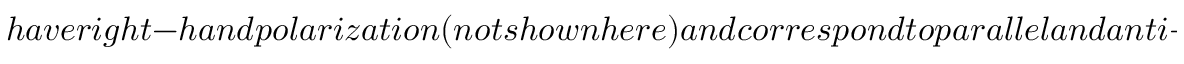
h a v e r i g h t - h a n d p o l a r i z a t i o n ( n o t s h o w n h e r e ) a n d c o r r e s p o n d t o p a r a l l e l a n d a n t i - p a r a l l e l w h i s t l e r w a v e s e x p e c t e d b a s e d o n l i n e a r s t a b i l i t y a n a l y s i s ( F i g u r e ) . P a n e l s ( b ) a n d ( c ) s h o w t h a t o v e r t h e c o m p u t a t i o n t i m e p a r a l l e l a n d a n t i - p a r a l l e l w h i s t l e r w a v e s r e a c h p e a k a m p l i t u d e s o f a b o u t